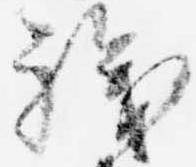
職